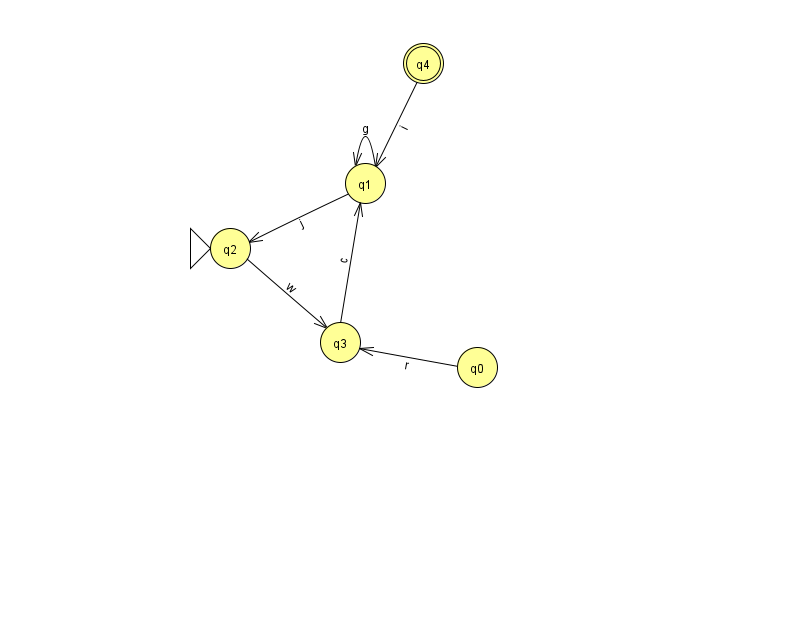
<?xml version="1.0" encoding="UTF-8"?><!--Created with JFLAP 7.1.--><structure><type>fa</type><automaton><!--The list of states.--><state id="0" name="q0"><x>477.0</x><y>354.0</y></state><state id="1" name="q1"><x>365.0</x><y>170.0</y></state><state id="2" name="q2"><x>230.0</x><y>235.0</y><initial/></state><state id="3" name="q3"><x>340.0</x><y>329.0</y></state><state id="4" name="q4"><x>423.0</x><y>50.0</y><final/></state><!--The list of transitions.--><transition><from>4</from><to>1</to><read>i</read></transition><transition><from>2</from><to>3</to><read>w</read></transition><transition><from>1</from><to>1</to><read>g</read></transition><transition><from>1</from><to>2</to><read>j</read></transition><transition><from>3</from><to>1</to><read>c</read></transition><transition><from>0</from><to>3</to><read>r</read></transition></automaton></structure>